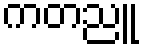
ကတညူ